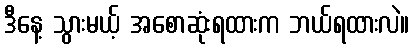
ဒီနေ့ သွားမယ့် အစောဆုံးရထားက ဘယ်ရထားလဲ။